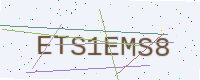
Text: ETS1EMS8